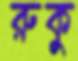
রুকু